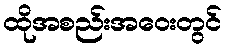
ထိုအစည်းအဝေးတွင်